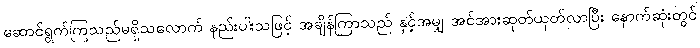
ဆောင်ရွက်ကြသည်မရှိသလောက် နည်းပါးသဖြင့် အချိန်ကြာသည် နှင့်အမျှ အင်အားဆုတ်ယုတ်လာပြီး နောက်ဆုံးတွင်